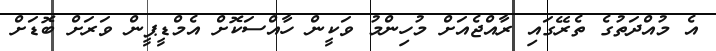
އެ މުއްދަތުގެ ތެރޭގައި ރާއްޖެއަށް މުހިންމު ވަކީން ހާއްސަކޮށް އެމްޑީޕީން ވަރަށް ބޮޑަށް